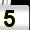
Digit: 5